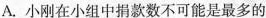
A.小刚在小组中捐款数不可能是最多的